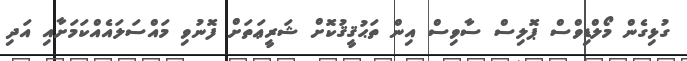
ގުޅިގެން މޯލްޑިވްސް ޕޮލިސް ސާވިސް އިން ތަޙުޤީޤުކޮށް ޝަރީޢަތަށް ފޮނުވި މައްސަލައެއްކަމަށާއި އަދި